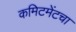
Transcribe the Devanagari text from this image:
कमिटमेंटचा